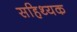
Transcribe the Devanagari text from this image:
सहिथ्यक